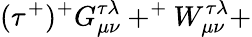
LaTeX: (\tau^{+})^{+}G_{\mu\nu}^{\tau\lambda}+^{+}W_{\mu\nu}^{\tau\lambda}+